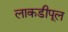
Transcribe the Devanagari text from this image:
लाकडीपूल